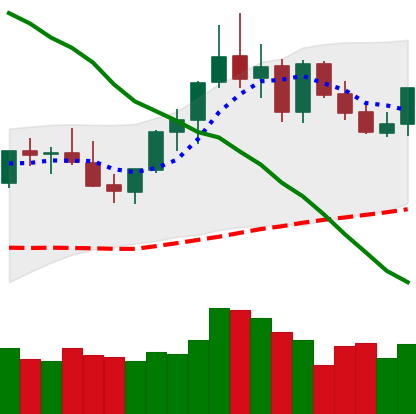
Ticker: XMR-USD
Chart end date: 2021-09-01
Forward return: 3.782%
Label: up_3_5